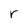
Character: r